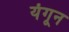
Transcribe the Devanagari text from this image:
यंगून